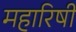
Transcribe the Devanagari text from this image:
महारिषी